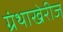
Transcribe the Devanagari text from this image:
ग्रंथाखेरीज